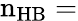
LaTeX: \mathrm{n_{HB}=}